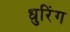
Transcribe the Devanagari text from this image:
धुरिंग